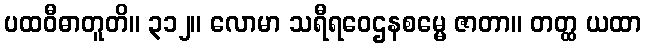
ပထဝီဓာတူတိ။ ၃၁၂။ လောမာ သရီရဝေဌနစမ္မေ ဇာတာ။ တတ္ထ ယထာ